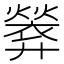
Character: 𫸢